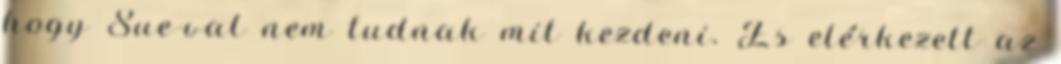
hogy Sue-val nem tudnak mit kezdeni. És elérkezett az